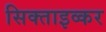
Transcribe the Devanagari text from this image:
सिक्ताइव्कर